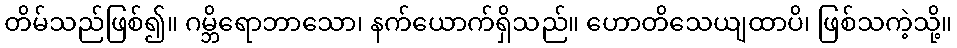
တိမ်သည်ဖြစ်၍။ ဂမ္ဘိရောဘာသော၊ နက်ယောက်ရှိသည်။ ဟောတိသေယျထာပိ၊ ဖြစ်သကဲ့သို့။